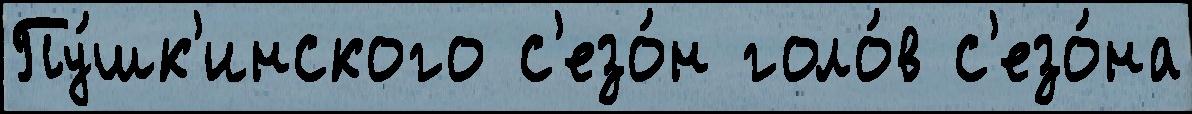
Пу́шк'инского с'езо́н голо́в с'езо́на